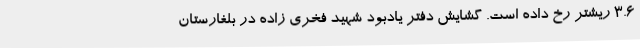
3.6 ریشتر رخ داده است. گشایش دفتر یادبود شهید فخری زاده در بلغارستان